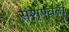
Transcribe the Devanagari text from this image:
संशृण्वतां